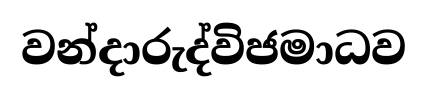
වන්දාරුද්විජමාධව